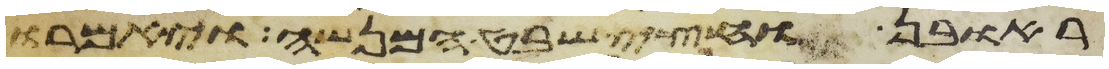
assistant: ראובן וחצי שבט המנשה ויאמרו